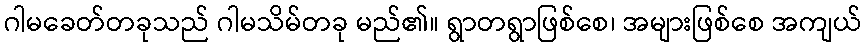
ဂါမခေတ်တခုသည် ဂါမသိမ်တခု မည်၏။ ရွာတရွာဖြစ်စေ၊ အများဖြစ်စေ အကျယ်